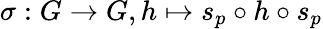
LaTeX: \sigma:G\to G,h\mapsto s_{p}\circ h\circ s_{p}